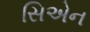
સિએન